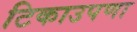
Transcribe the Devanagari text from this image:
टिकाउपणा